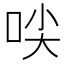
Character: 𱒜